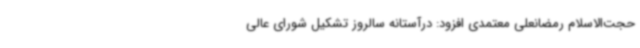
حجت‌الاسلام رمضانعلی معتمدی افزود: درآستانه سالروز تشکیل شورای عالی